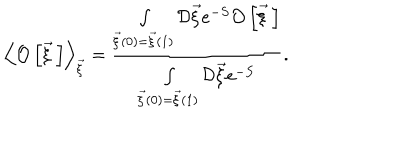
\left< { \cal O } \left[ \vec { \xi } { \, } \right] \right> _ { \vec { \xi } } = \frac { \int _ { \vec { \xi } ( 0 ) = \vec { \xi } ( 1 ) } ^ { } { \cal D } \vec { \xi } e ^ { - S } { \cal O } \left[ \vec { \xi } { \, } \right] } { \int _ { \vec { \xi } ( 0 ) = \vec { \xi } ( 1 ) } ^ { } { \cal D } \vec { \xi } e ^ { - S } } .